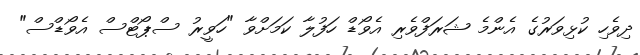
ދިވެހި ކުޅިވަރުގެ އެންމެ ޝަރަފްވެރި އެވޯޑް ހަފުލާ ކަމަށްވާ "ހަވީރު ސްޕޯޓްސް އެވޯޑްސް"